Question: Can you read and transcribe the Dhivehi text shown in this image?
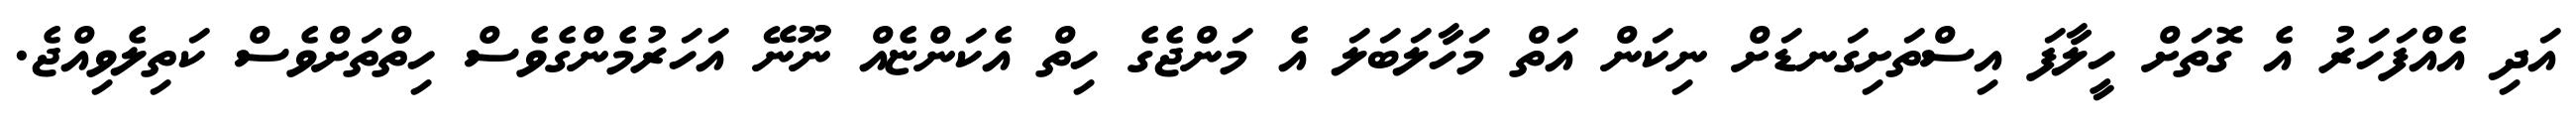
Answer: އަދި އެއްފަހަރު އެ ގޮތަށް ހީލާފަ އިސްތަށިގަނޑަށް ނިކަން އަތް މަހާލަބަލަ އެ މަންޖެގެ ހިތް އެކަންޏެއް ނޫނޭ އަހަރުމެންގެވެސް ހިތްތަށްވެސް ކަތިލެވިއްޖެ.